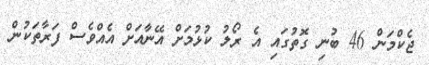
ޖެކްމަން 46 ބުނި ގޮތުގައި އެ ރޯލު ކުޅުމަށް އޭނާއަށް އެއްވެސް ފަރާތަކުން